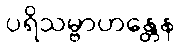
ပရိသမ္ဗာဟန္တေန